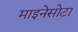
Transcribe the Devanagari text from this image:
माइनेसोटा